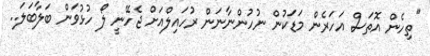
"ތިހެން އޮތަސް އަހަރެން މަޑަކުން ނުހުންނާނަން ރުހައިލްއަށް ޖެހޭނީ ލޯ ހުޅުވަން ބަލާބަލަ..